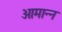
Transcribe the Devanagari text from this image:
आमान्न